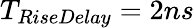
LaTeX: T_{RiseDelay}=2ns